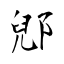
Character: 郳